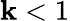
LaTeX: \mathbf{k}<1